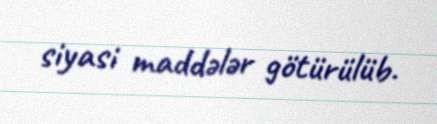
siyasi maddələr götürülüb.